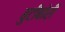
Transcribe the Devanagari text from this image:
बुटीबोरी